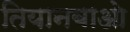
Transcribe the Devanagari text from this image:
तियानबाओ